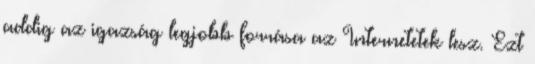
addig az igazság legjobb forrása az Internetetek lesz. Ezt